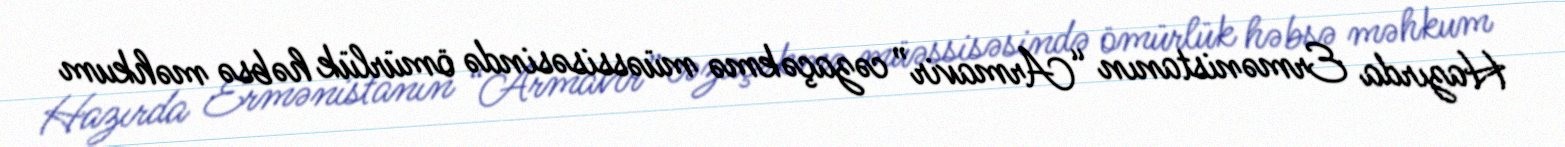
Hazırda Ermənistanın “Armavir” cəzaçəkmə müəssisəsində ömürlük həbsə məhkum